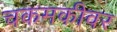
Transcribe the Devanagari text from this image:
चकमकीवर